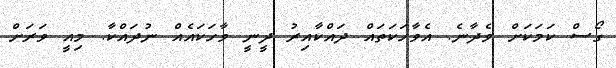
ގޯސް ކަމަކަށް ވެދާނެ. އެވާހަކަތައް ދައްކާއިރު ދީނީ ވާހަކައެއް ނުދައްކާ. މިއީ ވަރަށް